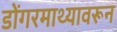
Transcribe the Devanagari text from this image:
डोंगरमाथ्यावरून